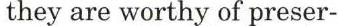
they are worthy of preser-